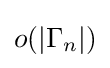
o(|\Gamma _{n}|)